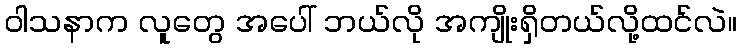
ဝါသနာက လူတွေ အပေါ် ဘယ်လို အကျိုးရှိတယ်လို့ထင်လဲ။